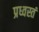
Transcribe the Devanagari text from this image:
प्रध्वस्तं